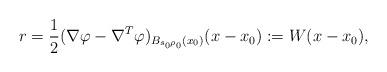
LaTeX: \begin{align*} r=\frac{1}{2}(\nabla \varphi - \nabla^T \varphi)_{B_{s_0\rho_0}(x_0)}(x-x_0) := W(x-x_0),\end{align*}